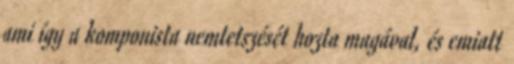
ami így a komponista nemtetszését hozta magával, és emiatt